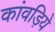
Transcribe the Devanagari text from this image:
कांवड़िये